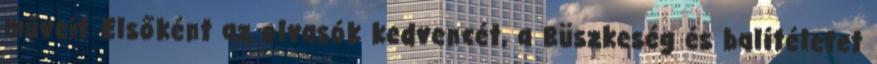
műveit Elsőként az olvasók kedvencét, a Büszkeség és balítéletet